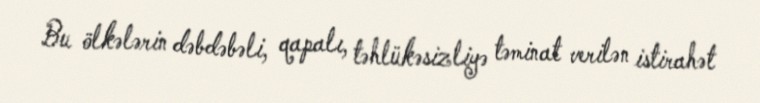
Bu ölkələrin dəbdəbəli, qapalı, təhlükəsizliyə təminat verilən istirahət